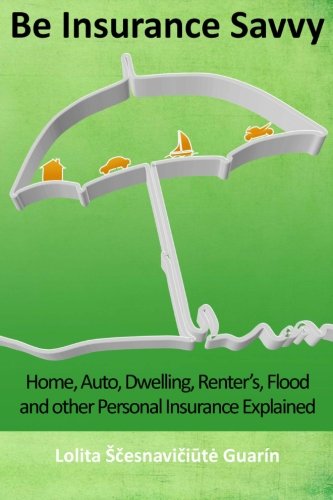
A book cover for Be Insurance Savvy: Home, Auto, Dwelling, Renter's, Flood and other Personal Insurance Explained; Lolita Scesnaviciute Guarin; Business & Money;